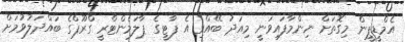
އެމްޑީޕީން މިގޮތަށް ނިންމާފައިވަނީ މިއަދު ބޭއްވި އެ ޕާޓީގެ ޕާލަމެންޓްރީ ގްރޫޕްގެ ބައްދަލުވުމަށް